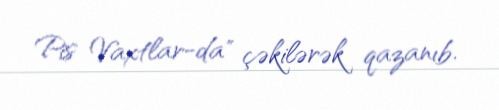
Pis Vaxtlar-da" çəkilərək qazanıb.